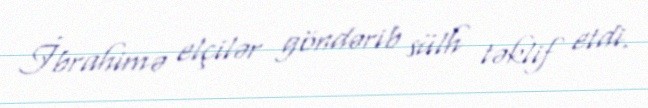
İbrahimə elçilər göndərib sülh təklif etdi.